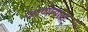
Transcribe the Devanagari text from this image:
जाणायला